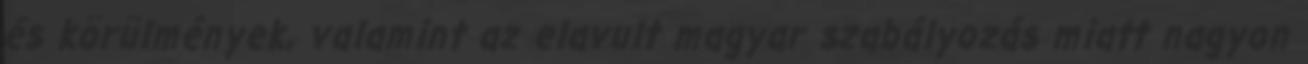
és körülmények, valamint az elavult magyar szabályozás miatt nagyon